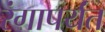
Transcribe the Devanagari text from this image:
रंगापर्यंत